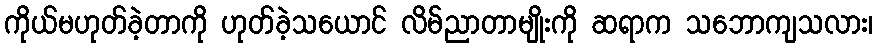
ကိုယ်မဟုတ်ခဲ့တာကို ဟုတ်ခဲ့သယောင် လိမ်ညာတာမျိုးကို ဆရာက သဘောကျသလား၊